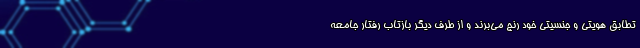
تطابق هویتی و جنسیتی خود رنج می‌برند و از طرف دیگر بازتاب رفتار جامعه